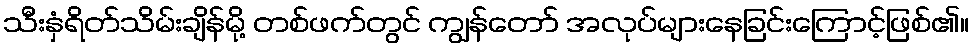
သီးနှံရိတ်သိမ်းချိန်မို့ တစ်ဖက်တွင် ကျွန်တော် အလုပ်များနေခြင်းကြောင့်ဖြစ်၏။